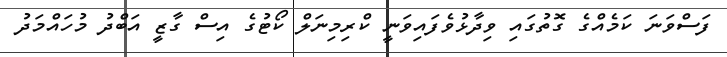
ފަސްވަނަ ކަމެއްގެ ގޮތުގައި ވިދާޅުވެފައިވަނީ ކްރިމިނަލް ކޯޓުގެ އިސް ގާޒީ އަބްދު މުހައްމަދު